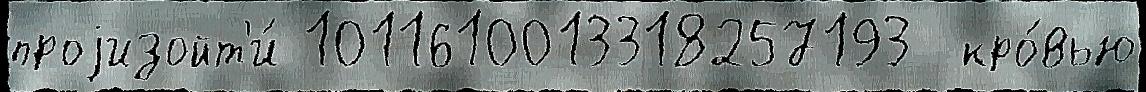
проjизойт'и́ 1011610013318257193  кро́вью